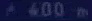
/400m